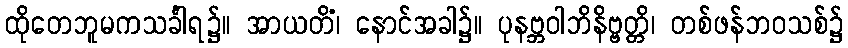
ထိုတေဘူမကသင်္ခါရ၌။ အာယတိံ၊ နောင်အခါ၌။ ပုနဗ္ဘဝါဘိနိဗ္ဗတ္တိ၊ တစ်ဖန်ဘဝသစ်၌